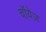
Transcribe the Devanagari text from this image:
चॉयेज़